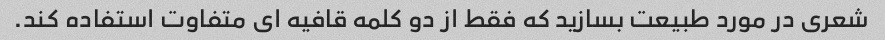
شعری در مورد طبیعت بسازید که فقط از دو کلمه قافیه ای متفاوت استفاده کند.